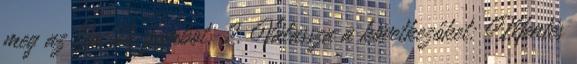
meg az Opciók gombot. 2. Válassza a következőket: Mentés